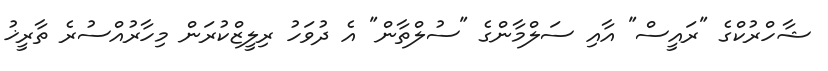
ޝާހްރުކްގެ "ރައީސް" އާއި ސަލްމާންގެ "ސުލްތާން" އެ ދުވަހު ރިލީޒްކުރަން މިހާރުއްސުރެ ތާރީޚު